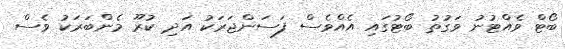
ބޯޓް ވެއްޓުނު ވަގުތު ބޯޓުގައި އެއްވެސް ފަސަންޖަރަކު އަދި ކުރޫ މެންބަރަކު ވެސް